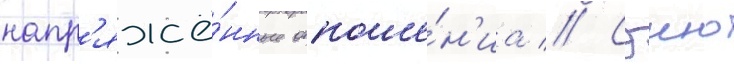
напр'яжё́нные отноше́н'иа // Сэию